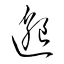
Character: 邈